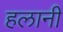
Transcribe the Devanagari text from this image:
हलानी